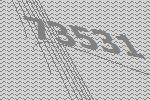
73531